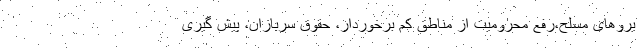
یروهای مسلح،‌رفع محرومیت از مناطق کم برخوردار، حقوق سربازان، پیش گیری